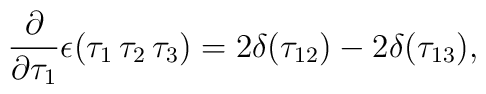
\frac{\partial}{\partial \tau_1}\epsilon(\tau_1\,\tau_2\,\tau_3)=2\delta(\tau_{12})-2\delta(\tau_{13}),